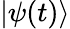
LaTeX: |\psi(t)\rangle